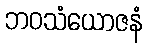
ဘဝသံယောဇနံ